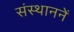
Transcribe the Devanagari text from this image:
संस्थाननें